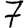
Digit: 7